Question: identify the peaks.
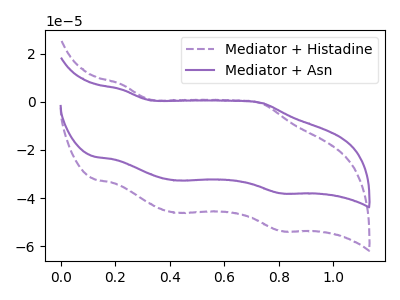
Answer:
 <answer>The purple dashed curve "Mediator + Histadine" has anodic peaks at (0.20V, 7.20uA) (0.75V, -0.75uA) and cathodic peaks at (0.40V, -46.10uA) (0.80V, -53.65uA). The purple curve "Mediator + Asn" has anodic peaks at (0.20V, 5.10uA) (0.75V, -0.50uA) and cathodic peaks at (0.40V, -32.65uA) (0.80V, -38.00uA).</answer>
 <eval></eval>